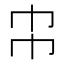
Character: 𢁝